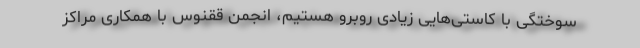
سوختگی با کاستی‌هایی زیادی روبرو هستیم، انجمن ققنوس با همکاری مراکز